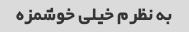
به نظرم خیلی خوشمزه